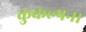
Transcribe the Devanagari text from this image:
कुकल्पना